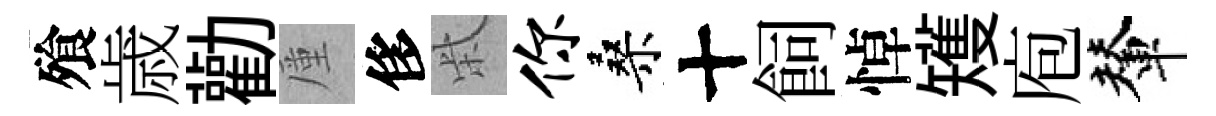
飱歳勸厪侈柴你桑十飼悼矱庖輦